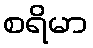
စရိမာ